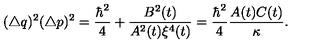
( \triangle q ) ^ { 2 } ( \triangle p ) ^ { 2 } = \frac { \hbar ^ { 2 } } { 4 } + \frac { B ^ { 2 } ( t ) } { A ^ { 2 } ( t ) \xi ^ { 4 } ( t ) } = \frac { \hbar ^ { 2 } } { 4 } \frac { A ( t ) C ( t ) } { \kappa } .